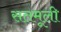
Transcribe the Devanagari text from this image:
सतमूली